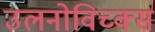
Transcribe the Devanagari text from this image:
उलनोविच्क्स